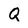
Character: Q